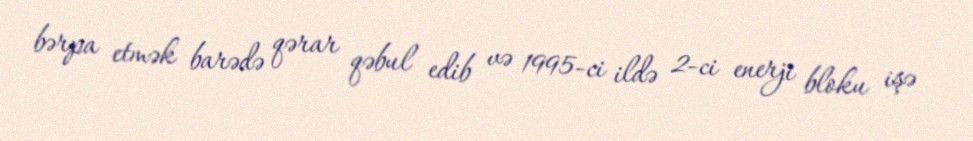
bərpa etmək barədə qərar qəbul edib və 1995-ci ildə 2-ci enerji bloku işə